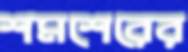
শমশেরের